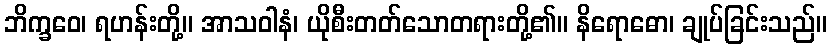
ဘိက္ခဝေ၊ ရဟန်းတို့။ အာသဝါနံ၊ ယိုစီးတတ်သောတရားတို့၏။ နိရောဓော၊ ချုပ်ခြင်းသည်။